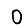
Digit: 0